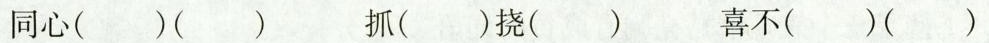
同心( )( ) 抓( )挠( ) 喜不( )( )